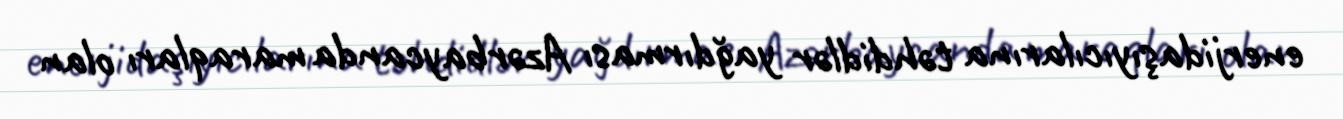
enerjidaşıyıcılarına təhdidlər yağdırması Azərbaycanda maraqları olan